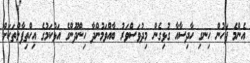
އެންމެ ފަހުން ހިނގި ހާދިސާއާ ގުޅިގެން މިދުވަސްވަރު ބާއްވަމުންދާ ހިންދޫންގެ އަޅުކަމުގެ އިހްތިފާލްތަކަށް